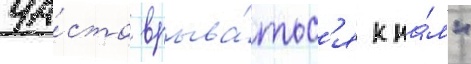
ча́сто врыва́тьс'я к на́м"